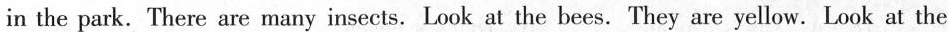
in the park. There are many insects. Look at the bees. They are yellow. Look at the